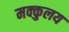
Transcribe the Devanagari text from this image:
मक्कुलय